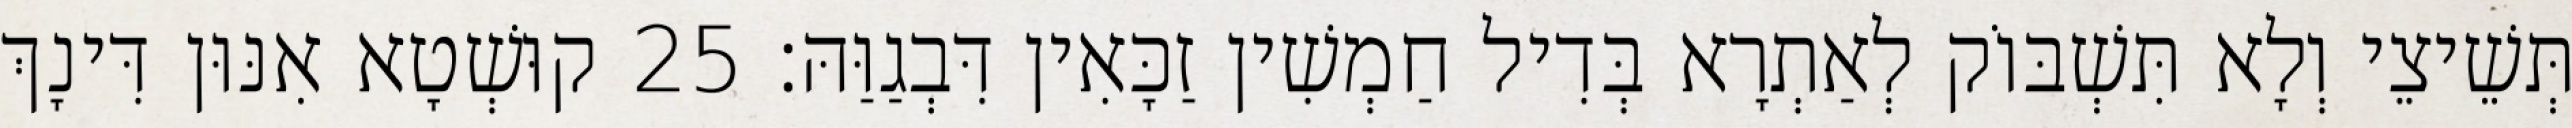
תְּשֵׁיצֵי וְלָא תִּשְׁבּוֹק לְאַתְרָא בְּדִיל חַמְשִׁין זַכָּאִין דִּבְגַוַּהּ׃ 25 קוּשְׁטָא אִנּוּן דִּינָךְ